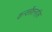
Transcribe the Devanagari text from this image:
कन्वर्सेशनहॉस